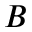
B